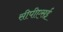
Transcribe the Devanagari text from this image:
सीपीएसई